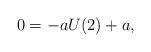
LaTeX: \begin{align*} 0=-a U(2) +a,\end{align*}